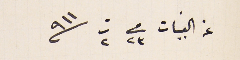
عن القبيات فى ٢٣ ت٢ سنه ٩١١